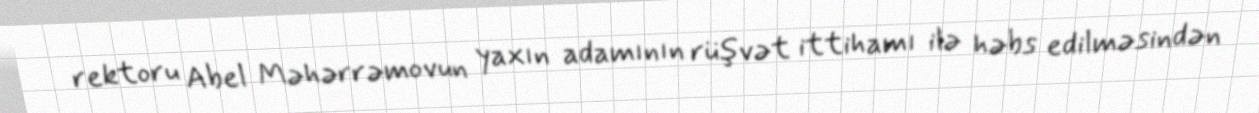
rektoru Abel Məhərrəmovun yaxın adamının rüşvət ittihamı ilə həbs edilməsindən